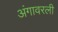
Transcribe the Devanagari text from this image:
अंगावरली